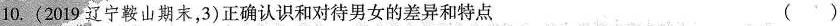
10.(2019辽宁鞍山期末，3)正确认识和对待男女的差异和特点 ( )